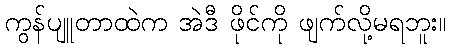
ကွန်ပျူတာထဲက အဲဒီ ဖိုင်ကို ဖျက်လို့မရဘူး။